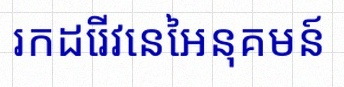
រកដេរីវេនៃអនុគមន៍